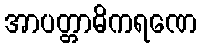
အာပတ္တာဓိကရဏေ